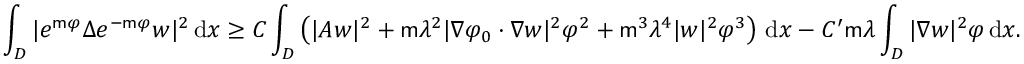
\int _ { { D } } | e ^ { \mathsf { m } \varphi } \Delta e ^ { - \mathsf { m } \varphi } w | ^ { 2 } \, \mathrm { d } x \geq C \int _ { { D } } \left( | A w | ^ { 2 } + \mathsf { m } \lambda ^ { 2 } | \nabla \varphi _ { 0 } \cdot \nabla w | ^ { 2 } \varphi ^ { 2 } + \mathsf { m } ^ { 3 } \lambda ^ { 4 } | w | ^ { 2 } \varphi ^ { 3 } \right) \, \mathrm { d } x - C ^ { \prime } \mathsf { m } \lambda \int _ { D } | \nabla w | ^ { 2 } \varphi \, \mathrm { d } x .